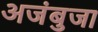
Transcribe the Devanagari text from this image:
अजंबुजा